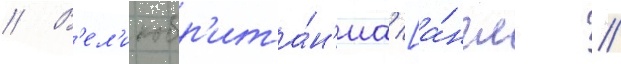
// В'ел'икобр'ита́н'иа [а́нгл. //